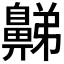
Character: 𪖦